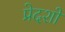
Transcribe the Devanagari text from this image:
प्रेदशों